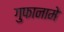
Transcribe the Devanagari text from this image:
गुफानामे